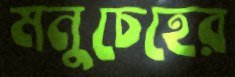
মনুচেহের